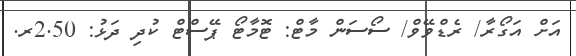
އަށް އަގޯރާ/ ރެޑްވޭވް/ ސޯސަން މާޓް: ޓޮމާޓޯ ޕޭސްޓް ކުދި ދަޅު: 2.50ރ.